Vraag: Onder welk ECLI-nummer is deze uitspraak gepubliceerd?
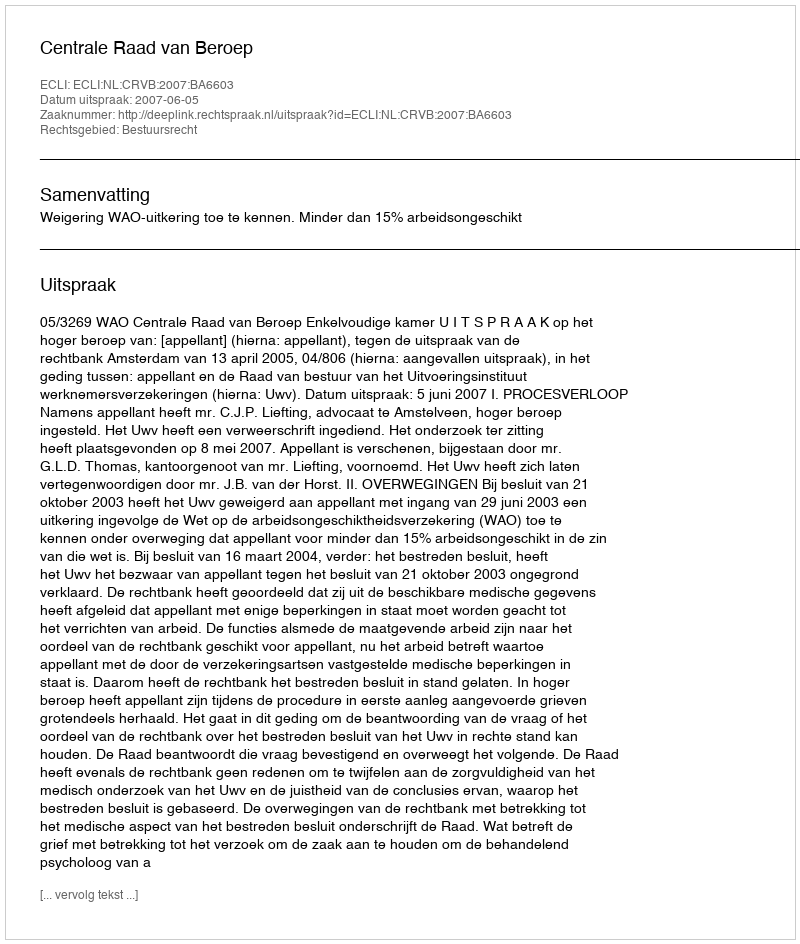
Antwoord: ECLI:NL:CRVB:2007:BA6603